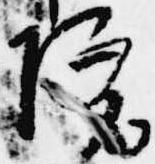
院